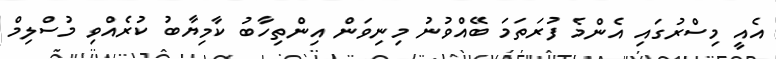
އެއީ މިސްރުގައި އެންމެ ފުރަތަމަ ބޭއްވުނު މިނިވަން އިންތިހާބު ކާމިޔާބު ކުރެއްވި މުސްލިމް